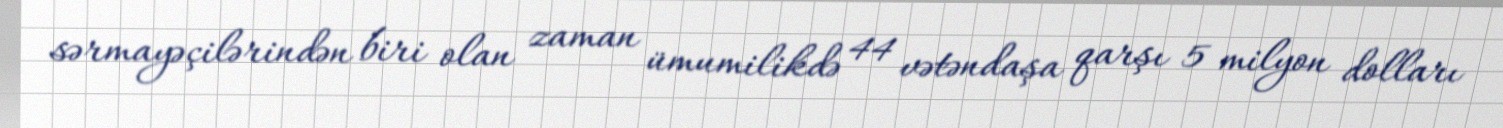
sərmayəçilərindən biri olan zaman ümumilikdə 44 vətəndaşa qarşı 5 milyon dolları